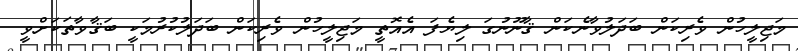
މަޖިލީހުން ވެރިކަން ބަދަލުވާނެކަން ޤާނޫނުގަ ލިޔެފަ އެއޮތީ މަޖިލީހުން ވެރިކަން ބަދަލުކުރުމަކީ ބަޤާވާތަކަށްވީ